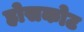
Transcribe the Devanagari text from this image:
होसकोट